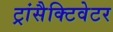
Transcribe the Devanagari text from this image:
ट्रांसैक्टिवेटर